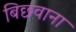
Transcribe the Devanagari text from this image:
बिछवाना